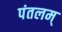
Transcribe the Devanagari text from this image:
पंतलम्